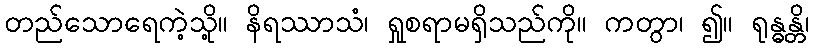
တည်သောရေကဲ့သို့။ နိရဿာသံ၊ ရှုစရာမရှိသည်ကို။ ကတွာ၊ ၍။ ရုန္ဓန္တိ၊